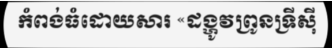
កំពង់ធំដោយសារ «ដង្ហូវព្រូនទ្រីស៊ី